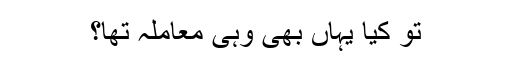
تو کیا یہاں بھی وہی معاملہ تھا؟